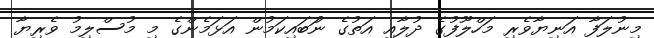
މިނުލަފާ އަނިޔާވެރި މަހްލޫފުގެ ދުލާއި އަތުގެ ނުަބައިކަމުން އަޅަމެންގެ މި މުސްލިމު ވެރިޔާ